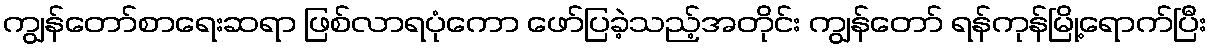
ကျွန်တော်စာရေးဆရာ ဖြစ်လာရပုံကော ဖော်ပြခဲ့သည့်အတိုင်း ကျွန်တော် ရန်ကုန်မြို့ရောက်ပြီး